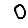
Digit: 0